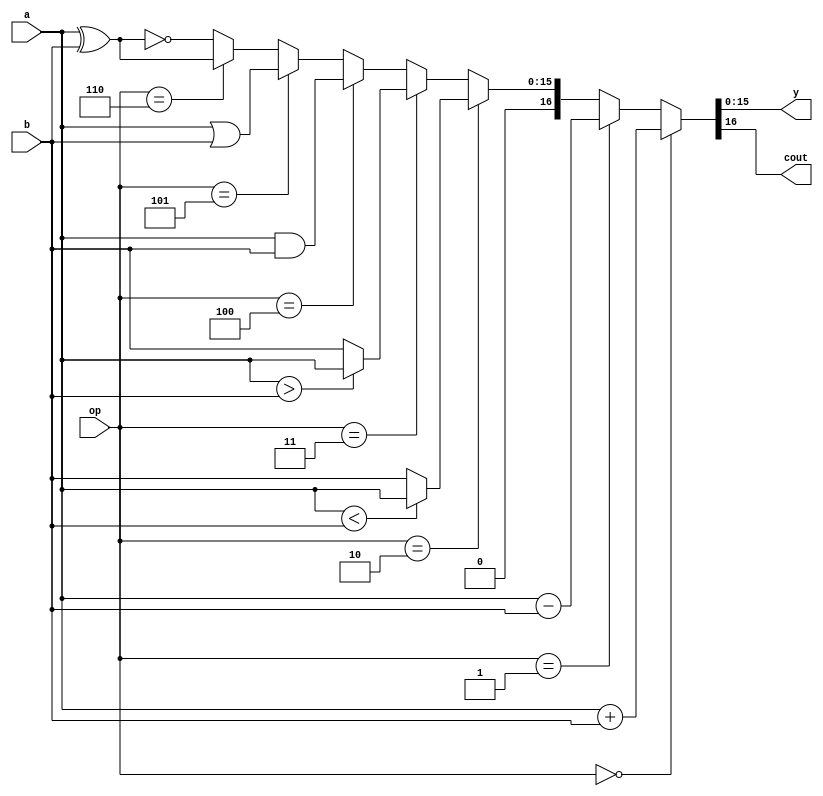
module ALU(a, b, op, y, cout);
input  [15:0] a;
input  [15:0] b;
input  [2:0]  op;
output [15:0] y;
output cout;

wire [16:0] plus;
wire [16:0] minus;
wire [15:0] min;
wire [15:0] max;

wire [15:0] AND;
wire [15:0] OR;
wire [15:0] XOR;
wire [15:0] XNOR;

assign plus  = a + b;
assign minus = a - b;
assign min   = (a < b) ? a : b;
assign max   = (a > b) ? a : b;
assign AND   = a & b;
assign OR    = a | b;
assign XOR   = a ^ b;
assign XNOR  = ~(a ^ b);


assign {cout, y} = (op == 3'b000) ? plus 	   :
				   (op == 3'b001) ? {0, minus} :
				   (op == 3'b010) ? {0, min}   :
				   (op == 3'b011) ? {0, max}   :
				   (op == 3'b100) ? {0, AND}   :
				   (op == 3'b101) ? {0, OR}    :
				   (op == 3'b110) ? {0, XOR}   : {0, XNOR};


endmodule